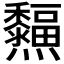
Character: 𤓜